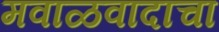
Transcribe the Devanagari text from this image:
मवाळवादाचा